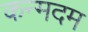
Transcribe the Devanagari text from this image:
कन्मदम